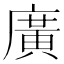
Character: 廣